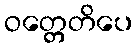
ဝတ္တေတိပေ